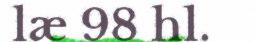
læ 98 hl.